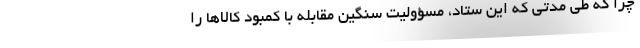
چرا که طی مدتی که این ستاد، مسؤولیت سنگین مقابله با کمبود کالاها را